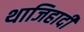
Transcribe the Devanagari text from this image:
थाजिहादी